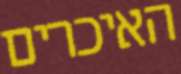
האיכרים